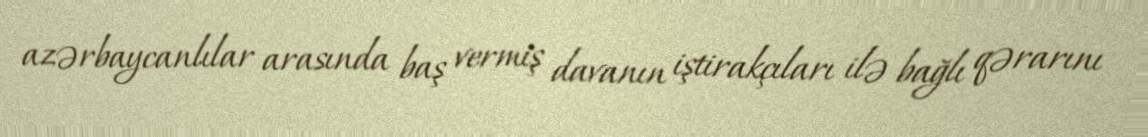
azərbaycanlılar arasında baş vermiş davanın iştirakçıları ilə bağlı qərarını